Civil Veterinary Dept. North-West Frontier Province 1901-22 - 1901-1922
Year: 1901
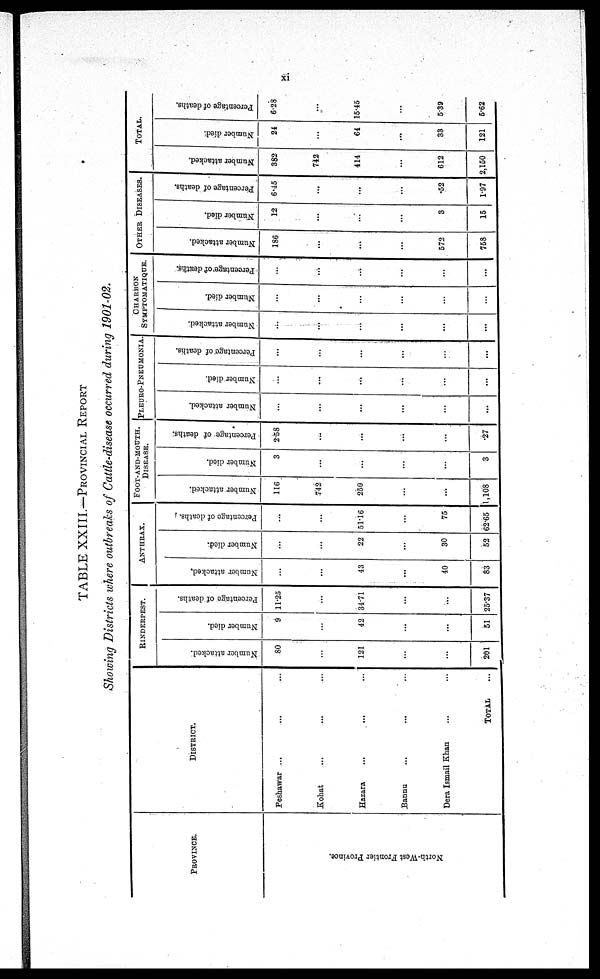
xi
TABLE XXIII.—PROVINCIAL REPORT
Showing Districts where outbreaks of Cattle-disease occurred during 1901-02.
PROVINCE.
North-West Frontier Province.
DISTRICT.
Peshawar ... ... ...
Kohat ... ... ...
Hazara ... ... ...
Bannu ... ... ...
Dera Ismail Khan ... ...
TOTAL ...
RINDERPEST.
Number attacked.
80
...
121
...
...
201
Number died.
9
...
42
...
...
51
Percentage of deaths.
11.25
...
34.71
...
...
25.37
ANTHRAX.
Number attacked.
...
...
43
...
40
83
Number died.
...
...
22
...
30
52
Percentage of deaths.
...
...
51.16
...
75
62.65
FOOT-AND-MOUTH.
DISEASE.
Number attacked.
116
742
250
...
...
1,108
Number died.
3
...
...
...
...
3
Percentage of deaths.
2.58
...
...
...
...
.27
PLEURO-PNEUMONIA.
Number attacked.
...
...
...
...
...
...
Number died.
...
...
...
...
...
...
Percentage of deaths.
...
...
...
...
...
...
CHARBON
SYMPTOMATIQUE.
Number attacked.
...
...
...
...
...
...
Number died.
...
...
...
...
...
...
Percentage of deaths.
...
...
...
...
...
...
OTHER
DISEASES.
Number attacked.
186
...
...
...
572
7.58
Number died.
12
...
...
...
3
15
Percentage of deaths.
6.45
...
...
...
.52
1.97
TOTAL.
Number attacked.
382
742
414
...
612
2,150
Number died.
24
...
64
...
33
121
Percentage of deaths.
6.28
...
15.45
...
5.39
5.62